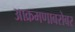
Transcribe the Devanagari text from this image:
आक्रमणाबरोबर